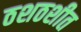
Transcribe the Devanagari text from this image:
ठशठशीत